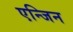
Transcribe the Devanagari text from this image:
एन्जिन